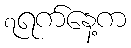
၇ရက်နေ့က